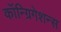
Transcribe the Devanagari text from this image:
कॉन्ग्रिगेशन्स